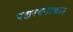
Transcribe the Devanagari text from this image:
पद्यरचनाकार